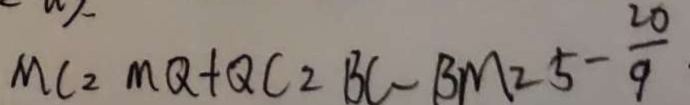
M C = M Q + Q C _ { 2 } = B C - B M = 5 - \frac { 2 0 1 } { 9 }